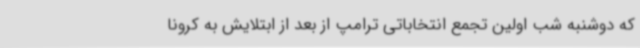
که دوشنبه شب اولین تجمع انتخاباتی ترامپ از بعد از ابتلایش به کرونا